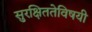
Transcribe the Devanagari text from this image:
सुरक्षिततेविषयी